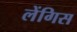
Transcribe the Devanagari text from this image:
लेंगिस